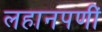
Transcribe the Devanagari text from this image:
लहानपणीं